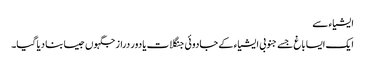
ایشیاء سے
ایک ایسا باغ جسے جنوبی ایشیاء کے جادوئی جنگلات یا دور دراز جگہوں جیسا بنا دیا گیا۔